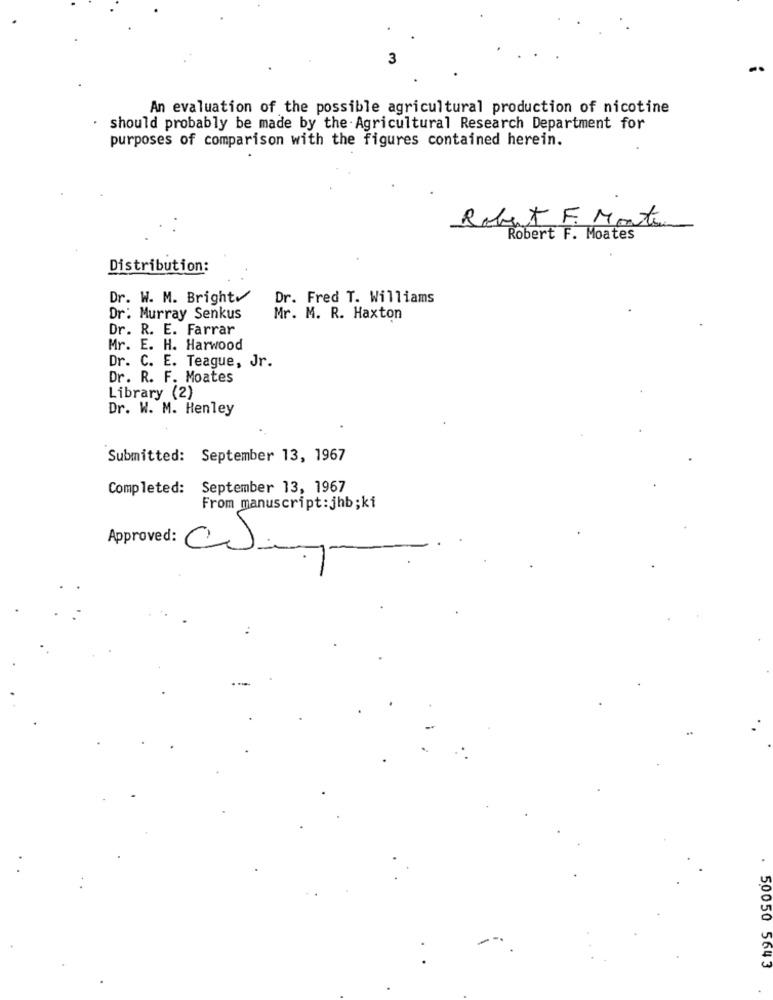
An evaluation of the possible agricultural production of nicotine
should probably be made by the Agricultural Research Department for
purposes of comparison with the figures contained herein.
Robert F. Monter
Robert F. Moates
Distribution:
Dr. W. M. Brighty
Dr. Fred T. Williams
Dr: Murray Senkus
Mr. M. R. Haxton
Dr. R. E. Farrar
Mr. E. H. Harwood
Dr. C. E. Teague, Jr.
Dr. R. F. Moates
Library (2)
Dr. W. M. Henley
Submitted: September 13, 1967
Completed: September 13, 1967
From manuscript:jhb;ki
Approved:
CS.
. 50050 5643
.